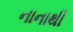
નાનાથી